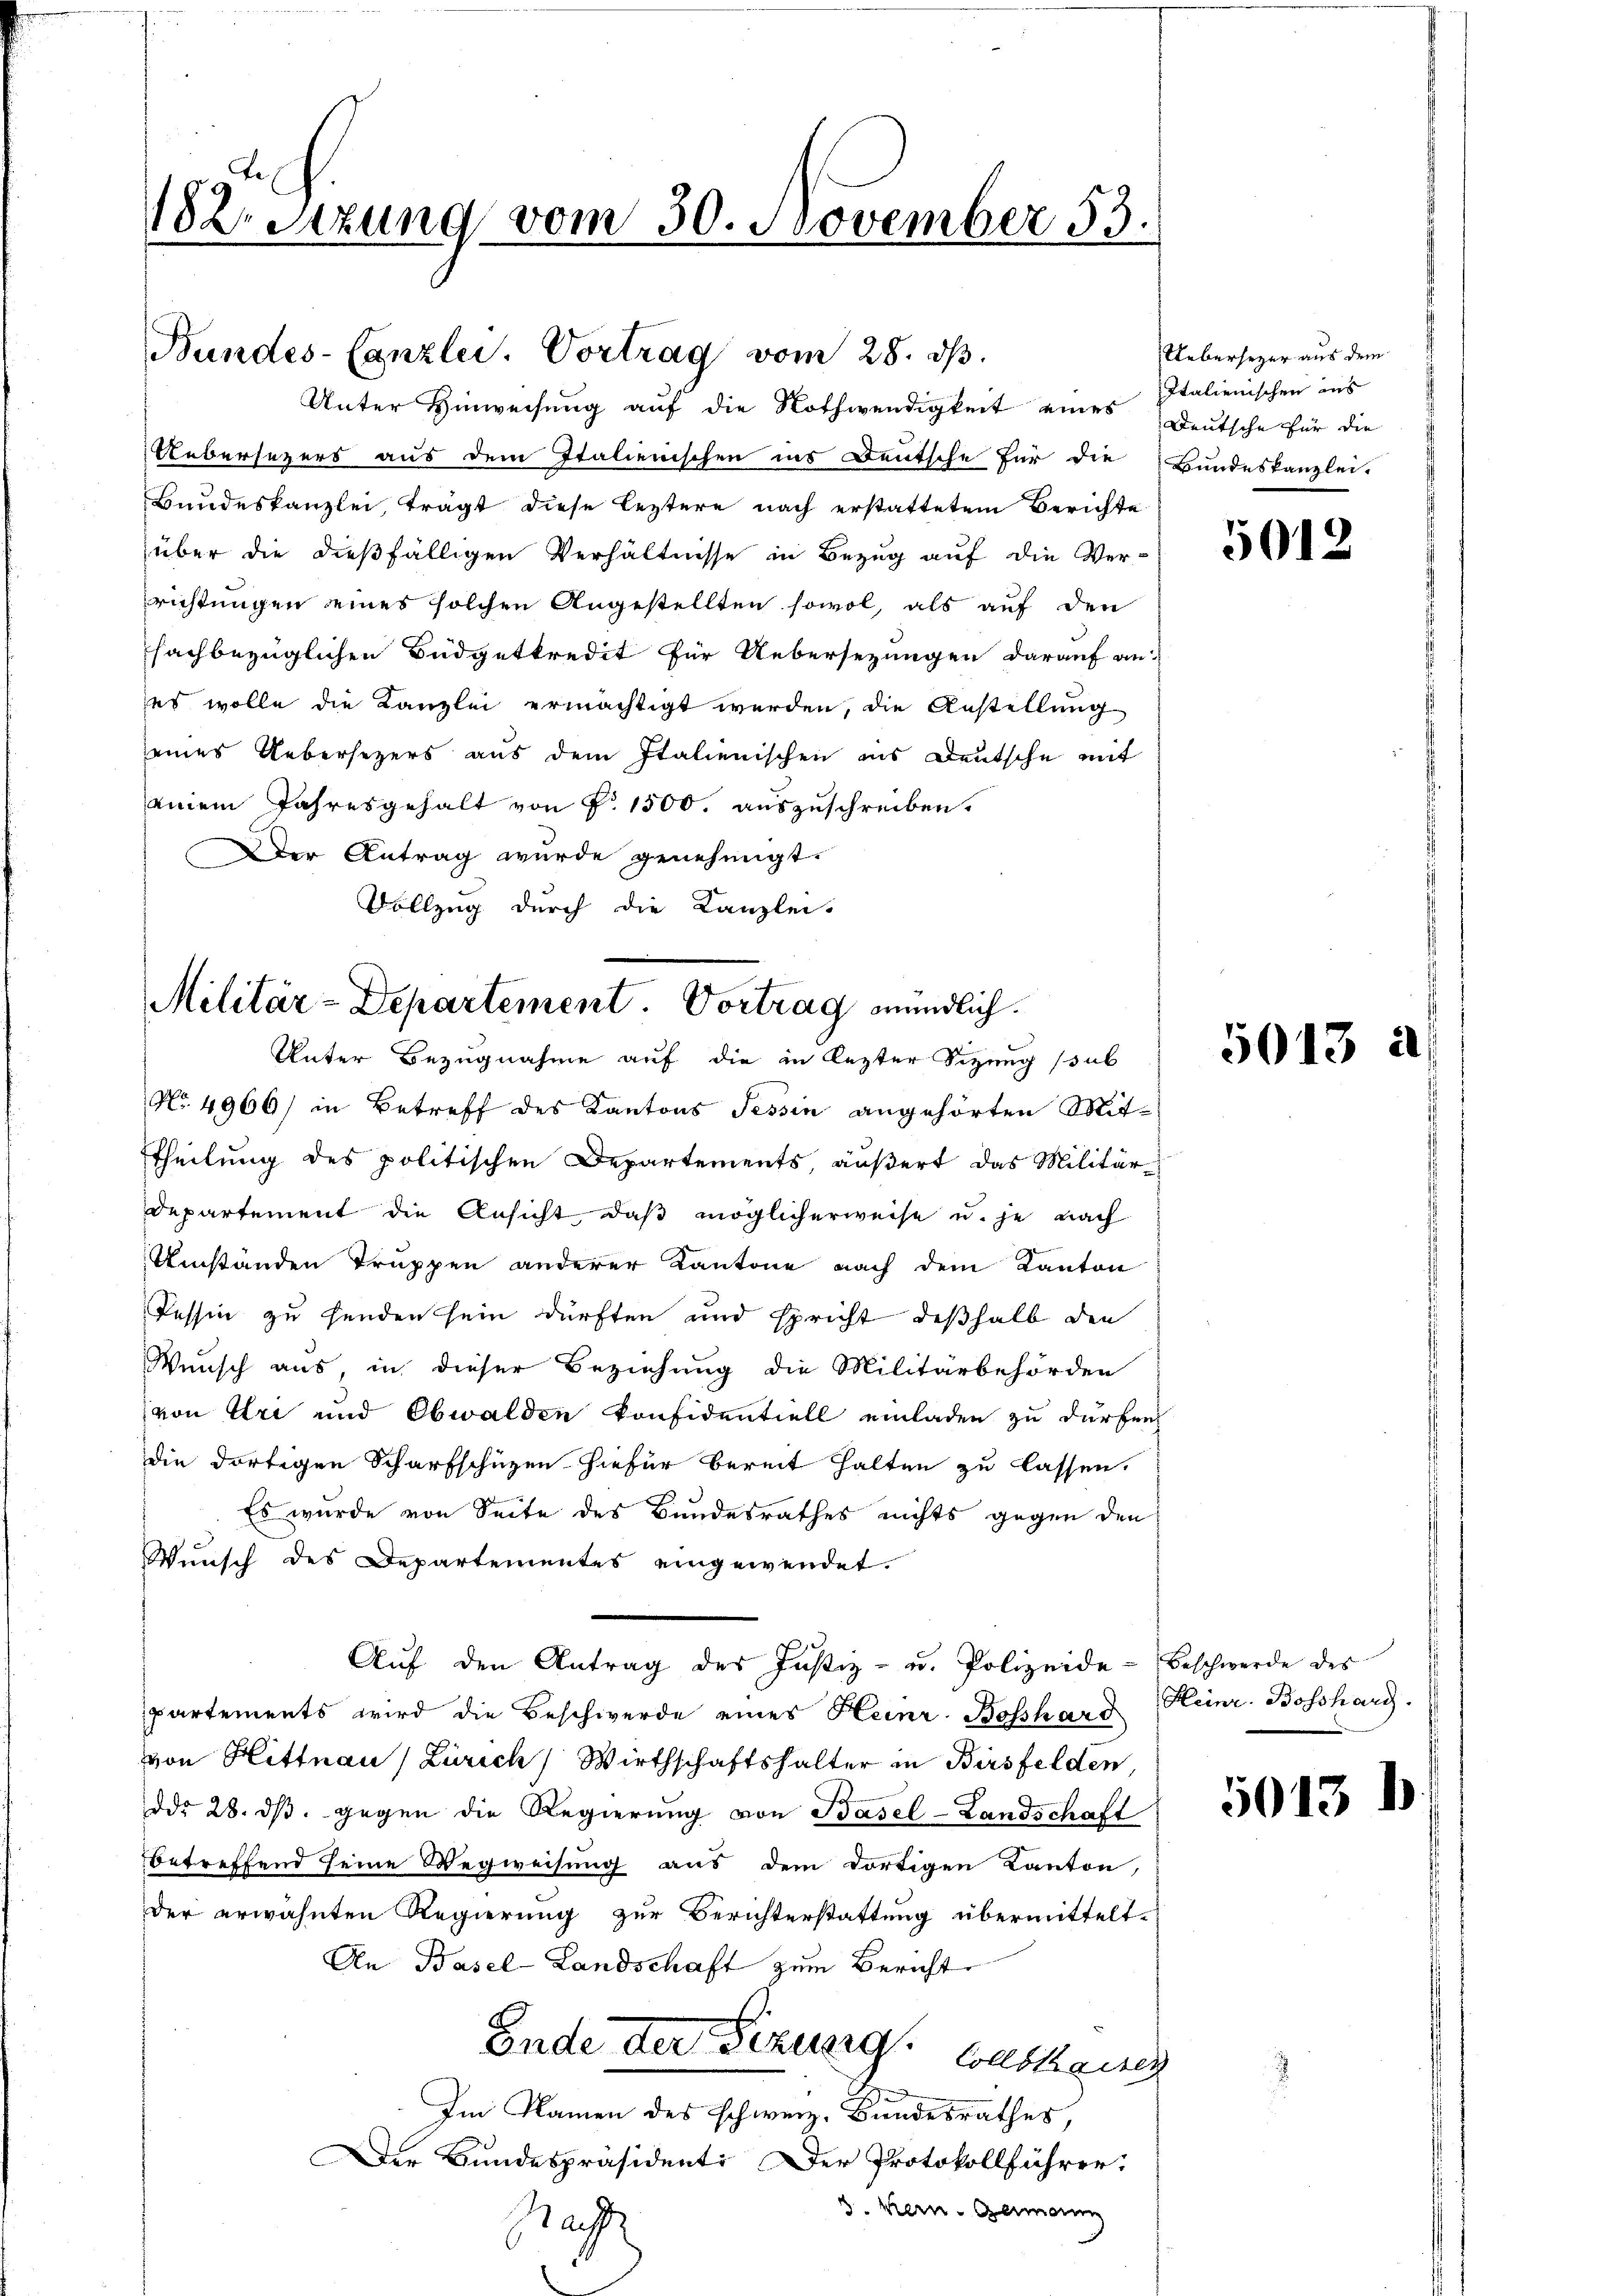
182 Sizung vom 30. November 53.

Bundes-Canzlei. Vortrag vom 28. ds.
Unter Hinweisung auf die Nothwendigkeit eines Deutsche für die

Uebersezers aus dem Italienischen ins Deutsche für die Bundeskanzlei-
Bundeskanzlei, trägt diese leztere nach erstattetem Berichte
über die dießfälligen Verhältnisse in Bezug auf die Verrichtungen eines solchen Angestellten sowol, als auf den
fachbezüglichen Budgetkredit für Uebersezungen darauf an
es wolle die Kanzlei ermächtigt werden, die Anstellung
eines Uebersezers aus dem Italienischen ins Deutsche mit
einem Jahresgehalt von P. 1500. auszuschreiben.
Der Antrag wurde genehmigt.
Vollzug durch die Kanzlei-

Militär-Departement. Vortrag mündlich.
Unter Bezugnahme auf die in lezter Sitzung (sub

No. 4966) in Betreff des Kantons Tessin angehörten Mitttheilung des politischen Departements, äußert das Militär¬
Departement die Ansicht, daß möglicherweise u. je nach
Umständen Truppen anderer Kantone nach dem Kanton
Tessin zu henden sein dürften und spricht deßhalb den
Wunsch aus, in dieser Beziehung die Militärbehörden
von Uri und Obwalden konfidentiell einladen zu dürfen
die dortigen Scharfschüzen hiefür bereit halten zu lassen.
Es wurde von Seite des Bundesrathes nichts gegen den
Wunsch des Departementes eingewendet.
Aŭf den Antrag des Justiz- u. Polizeide-Beschwerde des
partements wird die Beschwerde eines Heinr. Bosshard
von Hittnau (Zürich) Wirthschaftshalter in Birsfelden,
ddo 28. dβ gegen die Regierung von Basel-Landschaft
betreffend seine Wegweisung aus dem dortigen Kanton
der erwähnten Regierung zur Berichterstattung übermittelt.
An Basel-Landschaft zum Bericht
Ende der Fizurg. Constan
Im Namen des schweiz. Bundesrathes,
Der Bundespräsident: Der Protokollführer:
3. Mein Germann
Nach

Uebersezer aus dem
Italienischen ins

5012

5013

5013

Heinr. Bosshard.